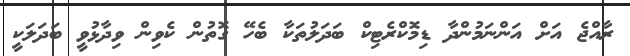
ރާއްޖެ އަށް އަންނަމުންދާ ޑިމޮކްރެޓިކް ބަދަލުތަކާ ބެހޭ ގޮތުން ކެވިން ވިދާޅުވީ ބަދަލަކީ